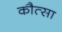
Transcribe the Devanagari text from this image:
कौत्सा